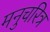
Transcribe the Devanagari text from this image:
मनुचरित्र